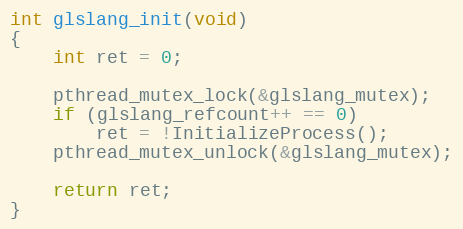
Language: C++
int glslang_init(void)
{
    int ret = 0;

    pthread_mutex_lock(&glslang_mutex);
    if (glslang_refcount++ == 0)
        ret = !InitializeProcess();
    pthread_mutex_unlock(&glslang_mutex);

    return ret;
}